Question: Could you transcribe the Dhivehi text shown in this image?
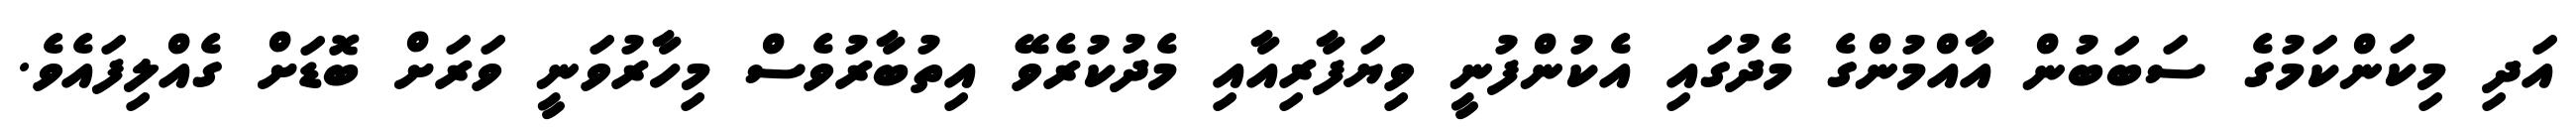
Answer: އަދި މިކަންކަމުގެ ސަބަބުން އާއްމުންގެ މެދުގައި އެކުންފުނީ ވިޔަފާރިއާއި މެދުކުރެވޭ އިތުބާރުވެސް މިހާރުވަނީ ވަރަށް ބޮޑަށް ގެއްލިފައެވެ.